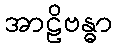
အာဠိဗန္ဓာ